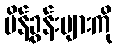
မိန့်ခွန်းများကို